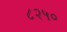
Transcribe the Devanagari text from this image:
८२५०